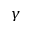
\gamma